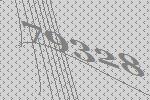
79328